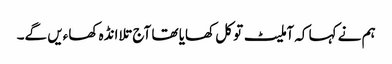
ہم نے کہا کہ آملیٹ تو کل کھایا تھا آج تلا انڈہ کھاءیں گے۔